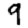
Digit: 9